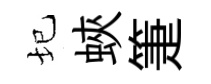
圮蛺箑